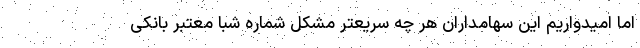
اما امیدواریم این سهامداران هر چه سریعتر مشکل شماره شبا معتبر بانکی